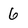
Character: 6